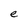
Character: e